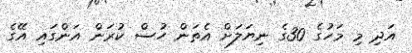
އަދި މި މަހުގެ 30ގެ ނިޔަލަށް އެތަން ހުސް ކުރަން އަންގައި އޭގެ